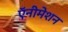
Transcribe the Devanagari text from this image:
ऍनीमेशन